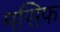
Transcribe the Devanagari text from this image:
मसिफ